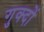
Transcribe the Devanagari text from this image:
गुक्दों